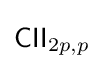
{\mathsf {CII}}_{2p,p}